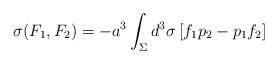
LaTeX: \begin{align*}\sigma(F_1,F_2) = -a^3 \int_\Sigma d^3\sigma\, [f_1p_2-p_1f_2]\end{align*}